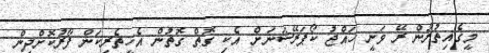
މީގެއިތުރުން ރޭ ވަނީ ހައްޖު ކޯޕަރޭޝަނަށް އެކި ގޮތް ގޮތުން އެހީތެރިކަން ފޯރުކޮށްދިން